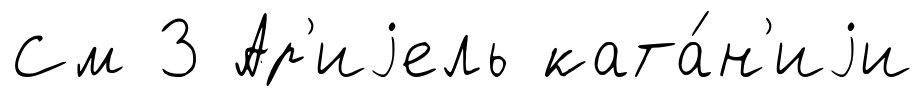
См 3 Ар'иjель ката́н'иjи